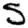
Digit: 5